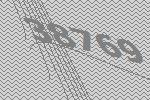
38769